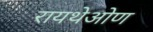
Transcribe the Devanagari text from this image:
रायथेओण